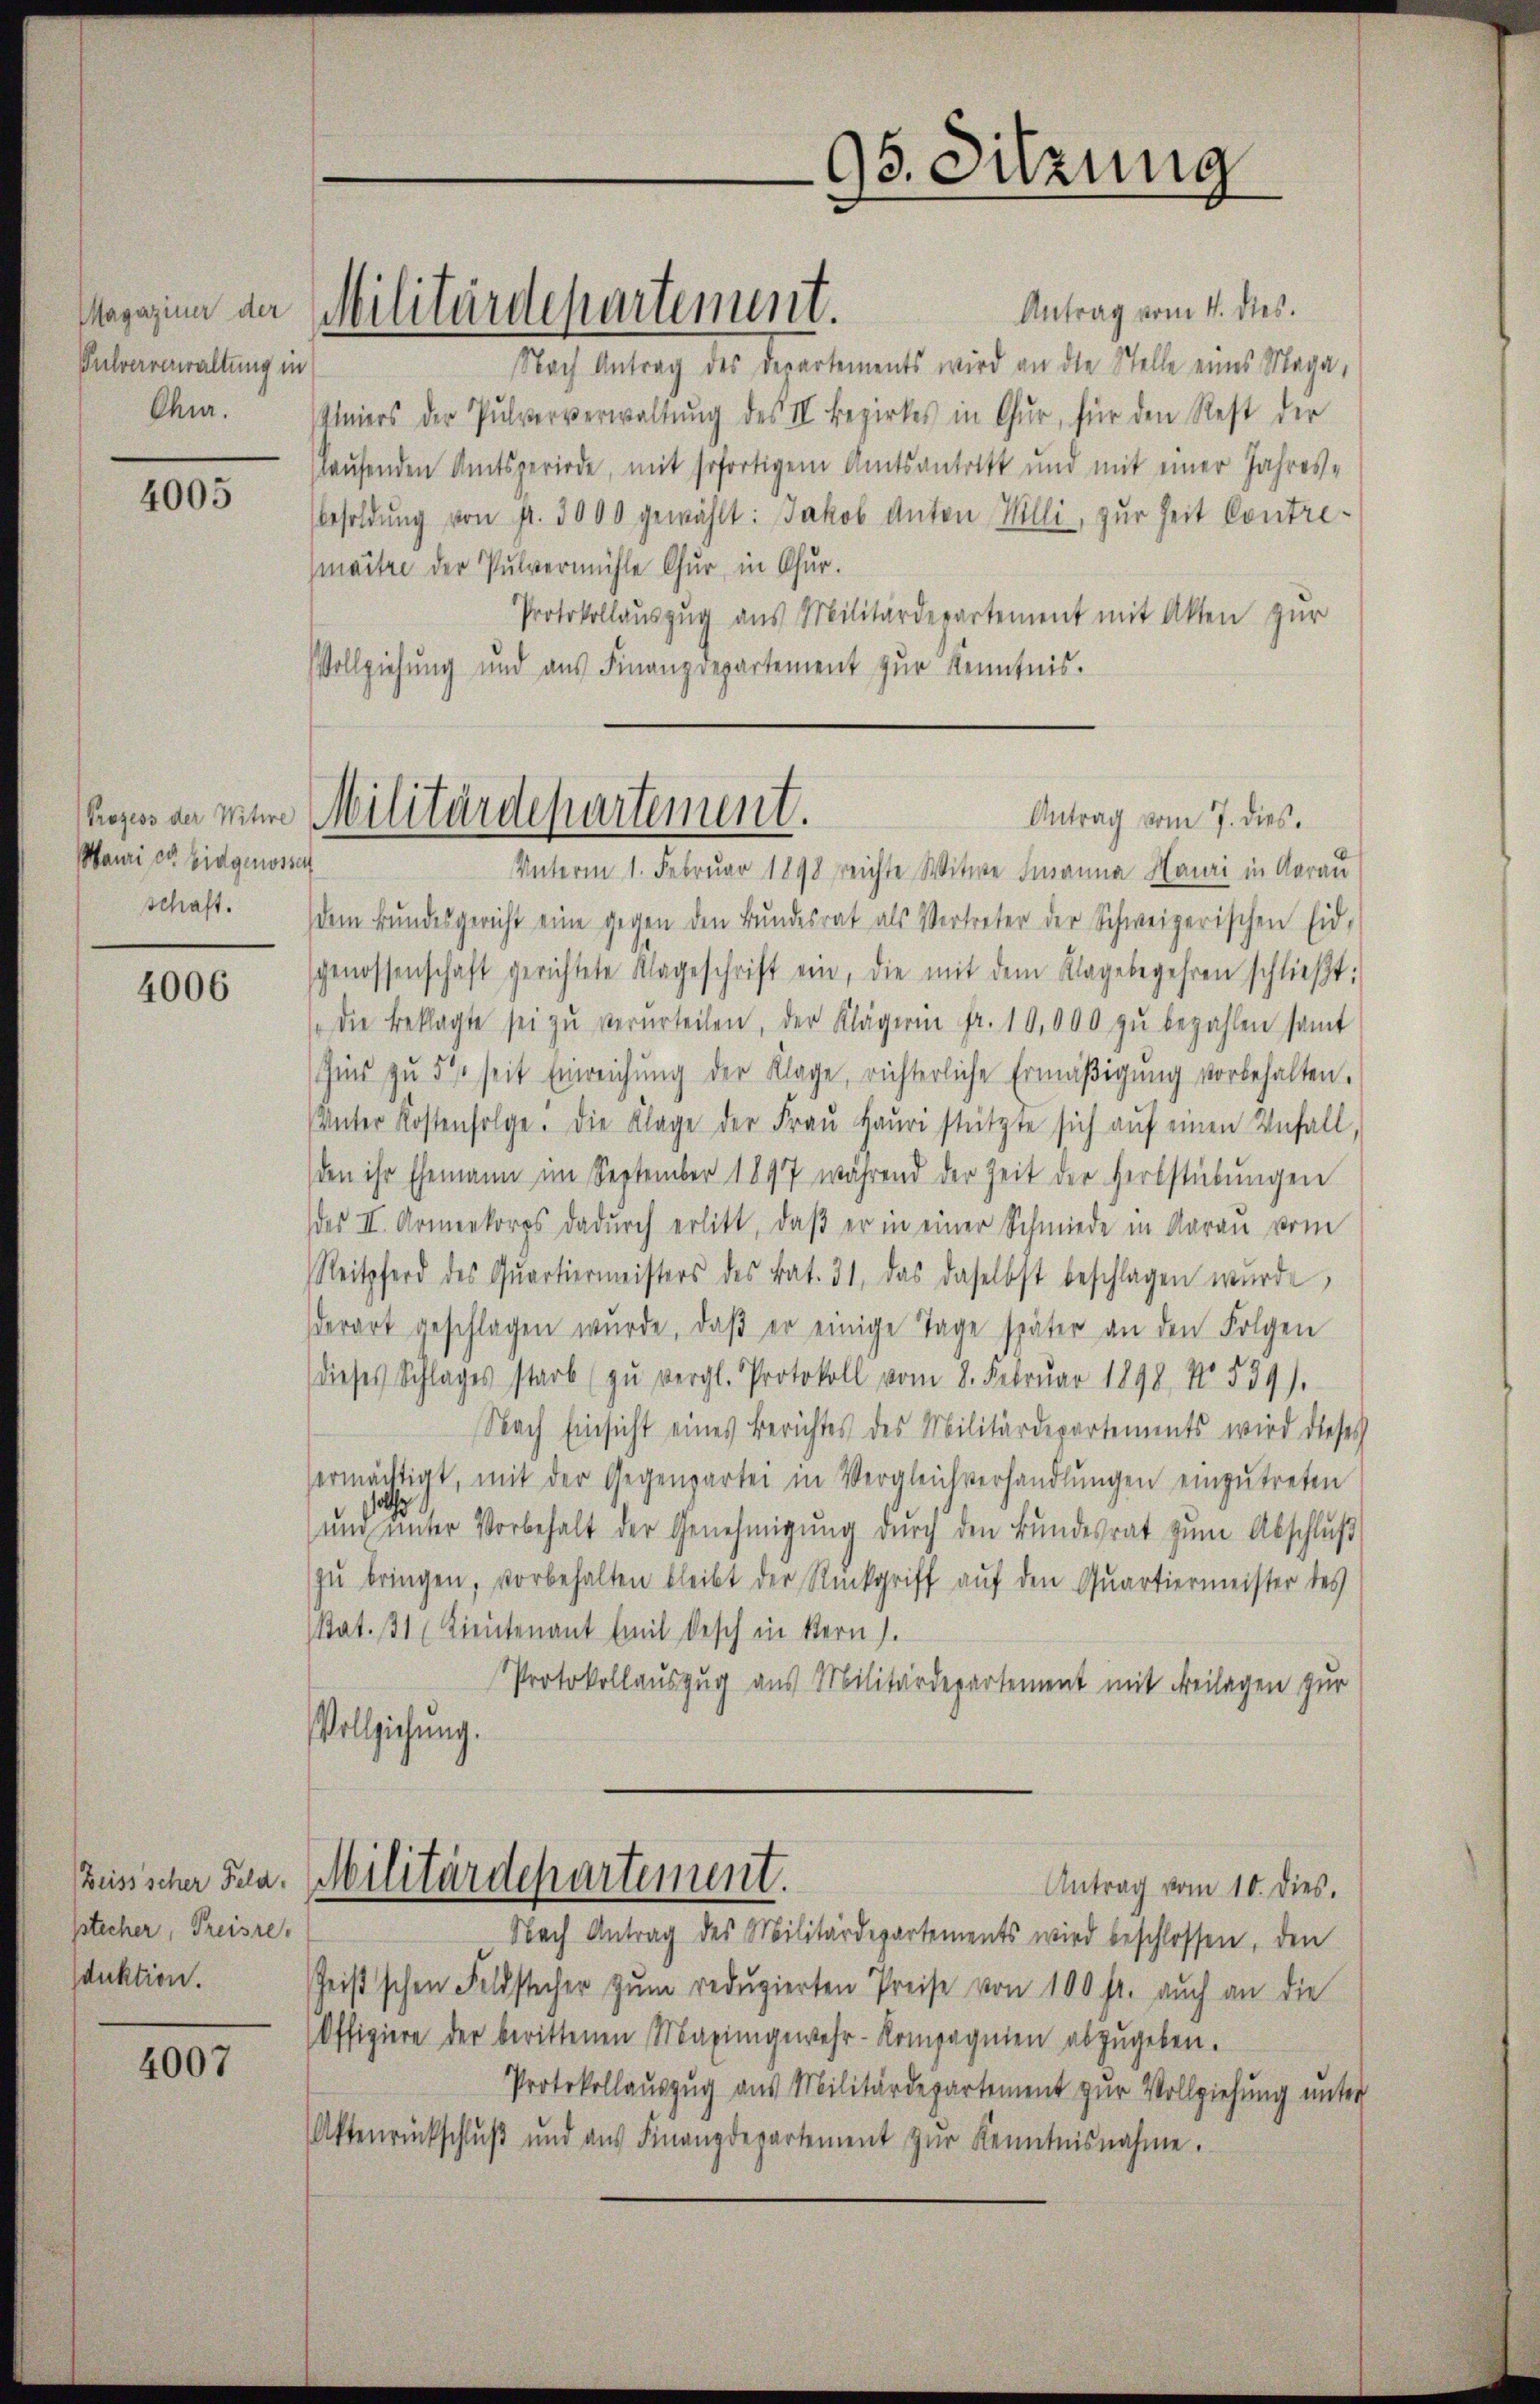
Magaziner der
Pulververwaltung in
Chur.

4005

Mauri od. Eidgenossen
schaft.

4006

Zeissischer Feld.
stecher, Preisre.
duktion.

4007

Antrag vom 4. dies.
Nach Antrag des Departements wird an die Stelle eines Maga,
niers der Pulververwaltŭng des III. Bezirkes in Chur, für den Rest der
laufenden Amtsperiode, mit sofortigem Amtsantritt und mit einer Jahres¬
Besoldŭng von pr. 3000 gewählt: Jakob Anton Willi, zur Zeit Contremaitre der Pulvermühle Chur in Chur.
Protokollauszug aus Militärdepartement mit Akten zur
Vollziehung und aŭs Finanzdepartement zŭr Kenntnis.

Militärdepartement.

95. Sitzung

heges an meine Militärdepartement.
Antrag vom 7. dies.

Unterm 1. Februar 1898 reichte Witwe Smanna Hauri in Aarau
dem Bŭndesgericht eine gegen den Bŭndesrat als Vertreter der Schweizerischen Eid-
genossenschaft gerichtete Klageschrift ein, die mit dem Klagebegehren schlieβt:
die Beklagte sei zŭ verurteilen, der Klägerin fr. 10,000 zŭ bezahlen samt
Gis zŭ 5% seit Einreichŭng der Klage, richterliche Ermäβigŭng vorbehalten.
Unter Kostenfolge. Die Klage der Fraŭ Haŭsi stützte sich aŭf einen Unfall,
den ihr Ehemann im September 1847 während der Zeit der Herbstübŭngen
des II. Armenkorps dadŭrch erlitt, daβ er in einer Schmiede in Aarau vom
Reitpferd des Quartiermeisters des Bat. 31, das daselbst beschlagen wurde,
derart geschlagen wŭrde, daβ er einige Tage später an den Folgen
dieses Schlages starb (zŭ vergl. Protokoll vom 8. Febrŭar 1898 No. 539).
Nach Einsicht eines Berichtes des Militärdepartements wird dieses
ermächtigt, mit der Gegenpartei in Vergleichverhandlŭngen einzŭtreten
olt
ŭnd ŭnter Vorbehalt der Genehmigŭng dŭrch den Bŭndesrat zŭm Abschlŭβ
zu bringen, vorbehalten bleibt der Rückgriff auf den Quartiermeister des
Rat. 31 (Kientenant Emil besch in kern.
Protokollauszug aus Militärdepartement mit Freilagen zur
Vollziehung.
Militärdepartement.
Antrag vom 10. dies.
Nach Antrag des Militärdepartements wird beschlossen, den
heisschen Feldstecher zŭm redŭzierten Preise von 100 fr. auch an die
Offiziere der berittenen Maximgewehr-Kompagnien abzugeben.
Protokollauszug aus Militärdepartement zur Vollziehung unter
Aktenrückschlŭβ und aŭs Finanzdepartement zŭr Kenntnisnahme.